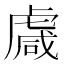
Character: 䖗